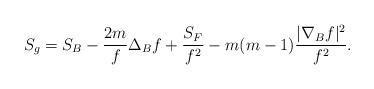
LaTeX: \begin{align*}S_g=S_{B}-\frac{2m}{f}\Delta_{B}f+\frac{S_{F}}{f^2}-m(m-1)\frac{|\nabla_{B} f|^2}{f^2}.\end{align*}